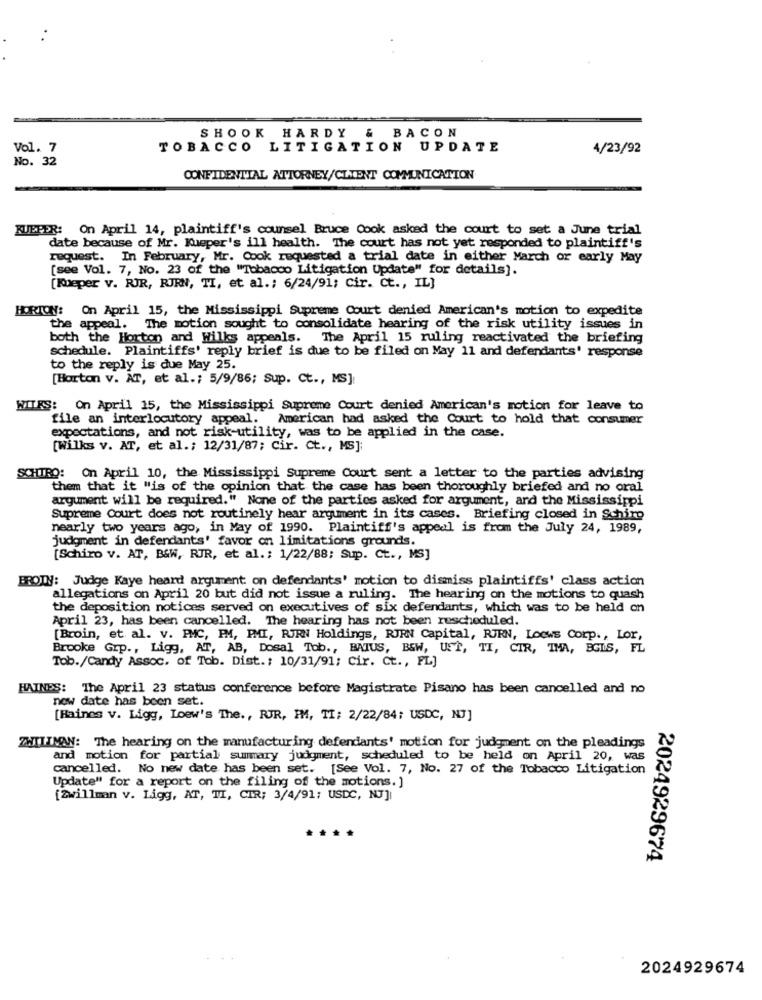
SHOOK HARDY & BACON
Vol. 7
TOBACCO LITIGATION UPDATE
4/23/92
No. 32
CONFIDENTIAL ATTORNEY/CLIENT COMMUNICATION
RUEPER: On April 14, plaintiff's counsel Bruce Cook asked the court to set a June trial
date because of Mr. Kueper's ill health. The court has not yet responded to plaintiff's
request. In February, Mr. Cook requested a trial date in either March or early May
[see Vol. 7, No. 23 of the "Tobacco Litigation Update" for details).
[Koeper v. RJR, RIRN, TI, et al .; 6/24/91; Cir. Ct ., IL]
HORTON: On April 15, the Mississippi Supreme Court denied American's motion to expedite
the appeal. The motion sought to consolidate hearing of the risk utility issues in
both the Horton and Wilks appeals. The April 15 ruling reactivated the briefing
schedule. Plaintiffs' reply brief is due to be filed on May 11 and defendants' response
to the reply is due May 25.
[Horton v. AT, et al .; 5/9/86; Sup. Ct ., MS]
WIIKS: On April 15, the Mississippi Supreme Court denied American's motion for leave to
file an interlocutory appeal. American had asked the Court to hold that consumer
expectations, and not risk-utility, was to be applied in the case.
[Wilks v. AT, et al .; 12/31/87; Cir. Ct ., MS]
SCHIRO: On April 10, the Mississippi Supreme Court sent a letter to the parties advising
them that it "is of the opinion that the case has been thoroughly briefed and no oral
argument will be required." None of the parties asked for argument, and the Mississippi
Supreme Court does not routinely hear argument in its cases. Briefing closed in Schiro
nearly two years ago, in May of 1990. Plaintiff's appeal is from the July 24, 1989,
judgment in defendants' favor on limitations grounds.
[Schiro v. AT, B&W, RUR, et al .; 1/22/88; Sup. Ct ., MS]
BROIN: Judge Kaye heard argument on defendants' motion to dismiss plaintiffs' class action
allegations on April 20 but did not issue a ruling. The hearing on the motions to quash
the deposition notices served on executives of six defendants, which was to be held on
April 23, has been cancelled. The hearing has not been rescheduled.
[Broin, et al. v. PMC, PM, PMI, RJRN Holdings, RJRN Capital, RIRN, Loews Corp ., Lor,
Brooke Grp ., Ligg, AT, AB, Dosal Tob ., BATUS, BEW, UST, TI, CIR, TMA, EGIS, FL
Tob./Candy Assoc, of Tob. Dist .: 10/31/91; Cir. Ct ., FL]
HAINES: The April 23 status conference before Magistrate Pisano has been cancelled and no
now date has been set.
[Raines v. Ligg, Loew's The ., RUR, IM, TI; 2/22/84; USDC, N7]
ZWIIIMAN: The hearing on the manufacturing defendants' motion for judgment on the pleadings
and motion for partial summary judgment, scheduled to be held on April 20, was
cancelled. No new date has been set. [See Vol. 7, No. 27 of the Tobacco Litigation
Update" for a report on the filing of the motions. ]
[Zwillman v. Ligg, AT, TI, CIR; 3/4/91; USDC, NJ]|
2024929674
2024929674